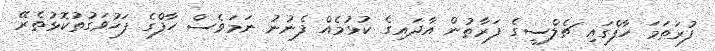
ފުރަތަމަ ހާފްގައި ޗެލްސީގެ ފަރާތުން އާދައިގެ ކުޅުމެއް ފެނުނު ނަމަވެސް ހާފްގެ ފަހުވަގުތުކޮޅުތެރޭ